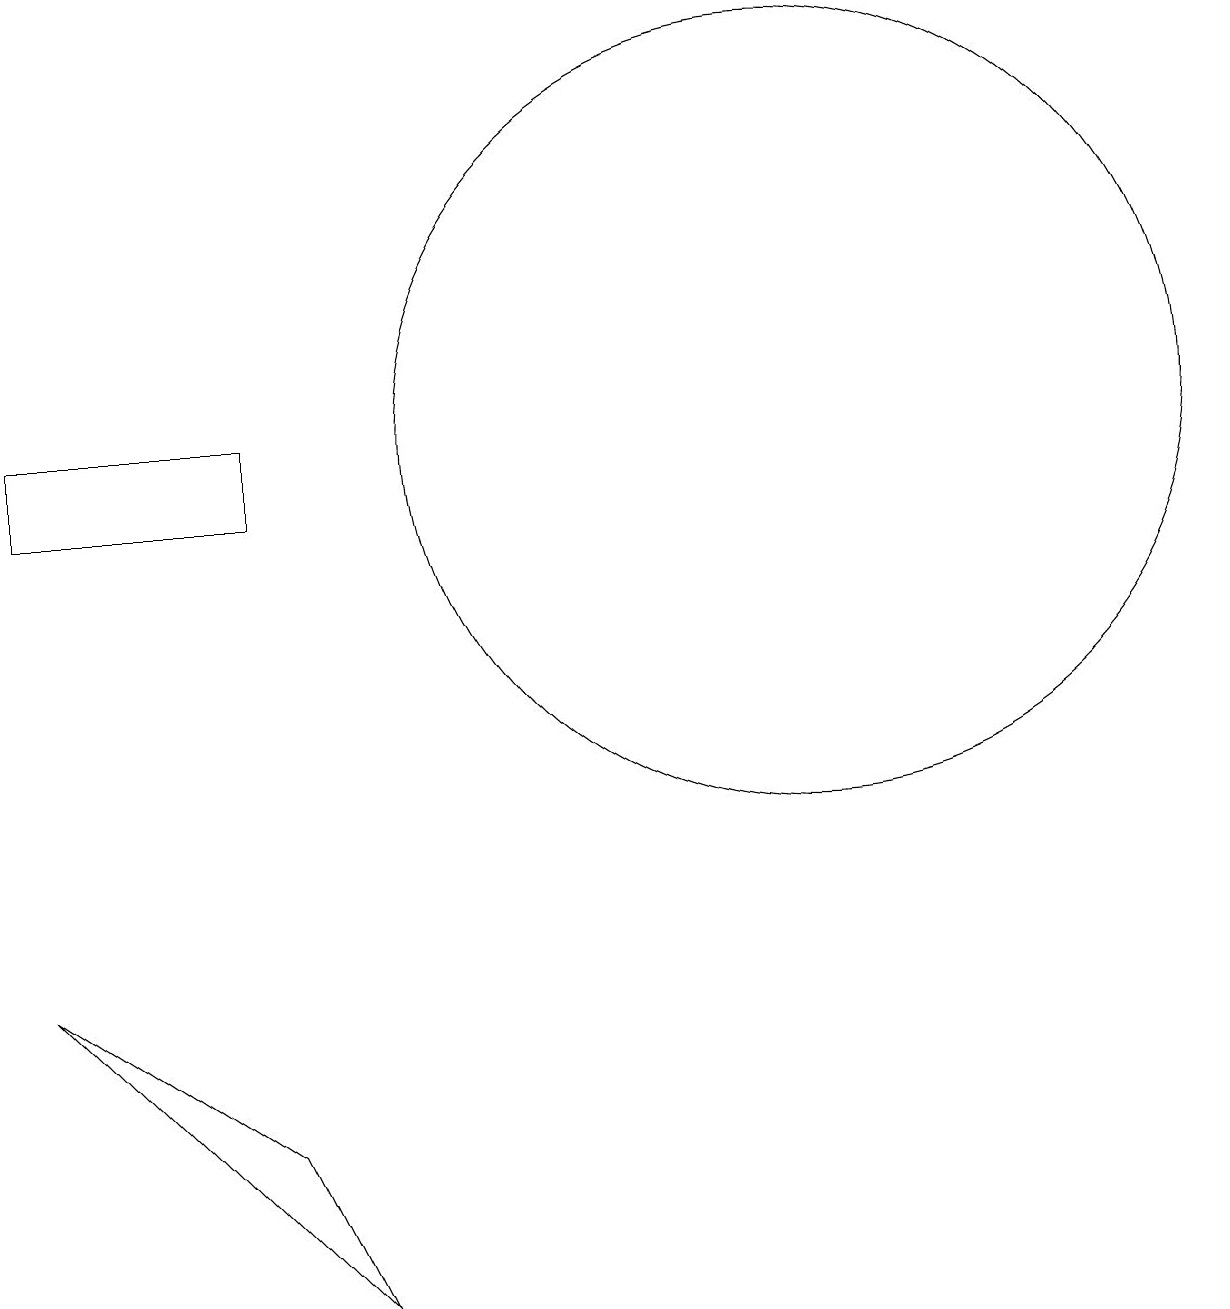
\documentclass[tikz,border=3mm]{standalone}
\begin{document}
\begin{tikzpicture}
\draw (12,11) circle (5);
\draw (2,10) rectangle (5,11);
\draw (2,4) -- (5,2) -- (6,0) -- cycle;
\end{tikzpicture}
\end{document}